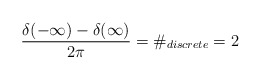
\begin{align*}\frac{\delta (-\infty )-\delta (\infty )}{2\pi }=\#_{discrete}=2\end{align*}